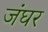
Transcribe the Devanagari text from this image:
जंघर